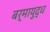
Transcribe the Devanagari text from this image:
बर्मायुद्ध